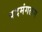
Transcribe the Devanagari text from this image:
पदमंगलम